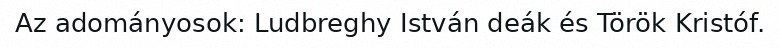
Az adományosok: Ludbreghy István deák és Török Kristóf.